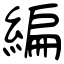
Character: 編